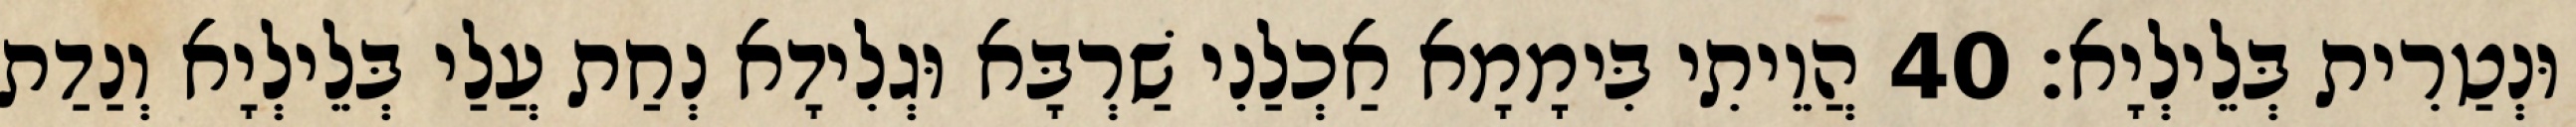
וּנְטַרִית בְּלֵילְיָא׃ 40 הֲוֵיתִי בִּימָמָא אַכְלַנִי שַׁרְבָּא וּגְלִידָא נְחַת עֲלַי בְּלֵילְיָא וְנַדַת